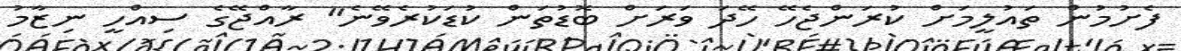
ފެށުމުން ތައުލީމަށް ކުރަންޖެހޭ ހޭދަ ވަރަށް ބޮޑުތަން ކުޑަކުރެވޭނެ" ރާއްޖޭގެ ސިއްހީ ނިޒާމު